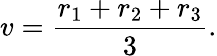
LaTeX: v=\frac{r_{1}+r_{2}+r_{3}}{3}.